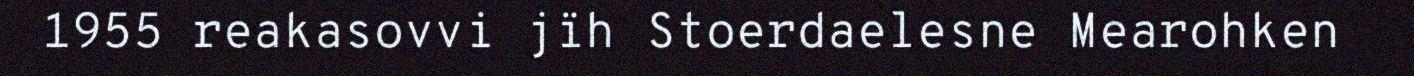
1955 reakasovvi jïh Stoerdaelesne Mearohken